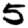
Digit: 5